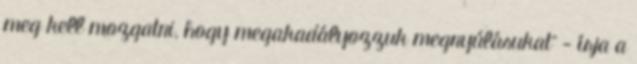
meg kell mozgatni, hogy megakadályozzuk megnyúlásukat" - írja a